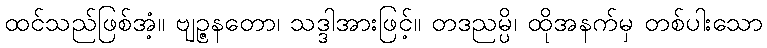
ထင်သည်ဖြစ်အံ့။ ဗျဉ္ဇနတော၊ သဒ္ဒါအားဖြင့်။ တဒညမ္ပိ၊ ထိုအနက်မှ တစ်ပါးသော